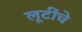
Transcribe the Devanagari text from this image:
लूटींचे